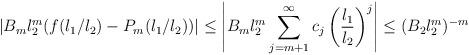
LaTeX: \begin{align*}\vert B_{m}l_{2}^{m}(f(l_{1}/l_{2})-P_{m}(l_{1}/l_{2}))\vert \leq \left\vert B_{m}l_{2}^{m} \sum_{j=m+1}^{\infty} c_{j}\left(\frac{l_{1}}{l_{2}}\right)^{j}\right\vert \leq (B_{2}l_{2}^{m})^{-m}\end{align*}